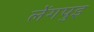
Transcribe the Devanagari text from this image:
लेंगपुइ